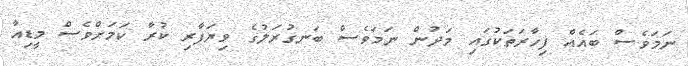
ނަމަވެސް ބައެއް ފިހާރަތަކުގައި މަދުން ނަމަވެސް ބަނގުރަލުގެ ވިޔަފާރި ކުރާ ކަމަށްވެސް މީޑިއާ